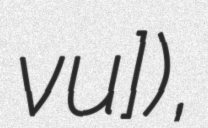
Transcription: ˈvɛʎu]),